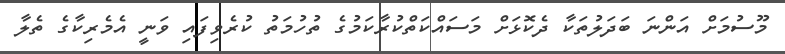
މޫސުމަށް އަންނަ ބަދަލުތަކާ ދެކޮޅަށް މަސައްކަތްކުރާކަމުގެ ތުހުމަތު ކުރެވިފައި ވަނީ އެމެރިކާގެ ތެލާ